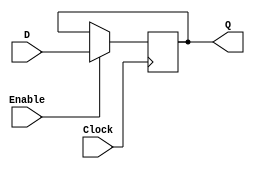
module reg_enable(D, Enable, Clock, Q);

parameter n = 9;

input [n-1:0] D;
input Enable;
input Clock;
output [n-1:0] Q;

reg [n-1:0] Q;

always @(posedge Clock)
begin
	if (Enable)
		Q <= D;
end
	
endmodule